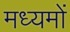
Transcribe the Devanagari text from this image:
मध्यमों